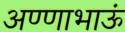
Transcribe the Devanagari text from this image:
अण्णाभाऊं